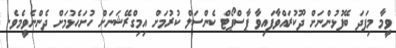
ވީމާ މިފަދަ ބޭފުޅުންނަށް ދޫކުރައްވާފައިވާ ޕާސްޕޯޓް ކެންސަލް ކުރުމަށް އިމިގްރޭޝަނަށް ހުށަހެޅުމަށް ދެންނެވީމެވެ.